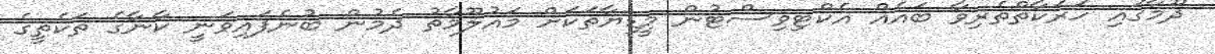
ދޫމާގައި ހަރަކާތްތެރިވާ ބައެއް އެކްޓިވިސްޓުން މީޑިޔާތަކަށް މައުލޫމާތު ދެމުން ބުނެފައިވަނީ ކާނާގެ ތަކެތީގެ